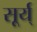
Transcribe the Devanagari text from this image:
सूर्य्